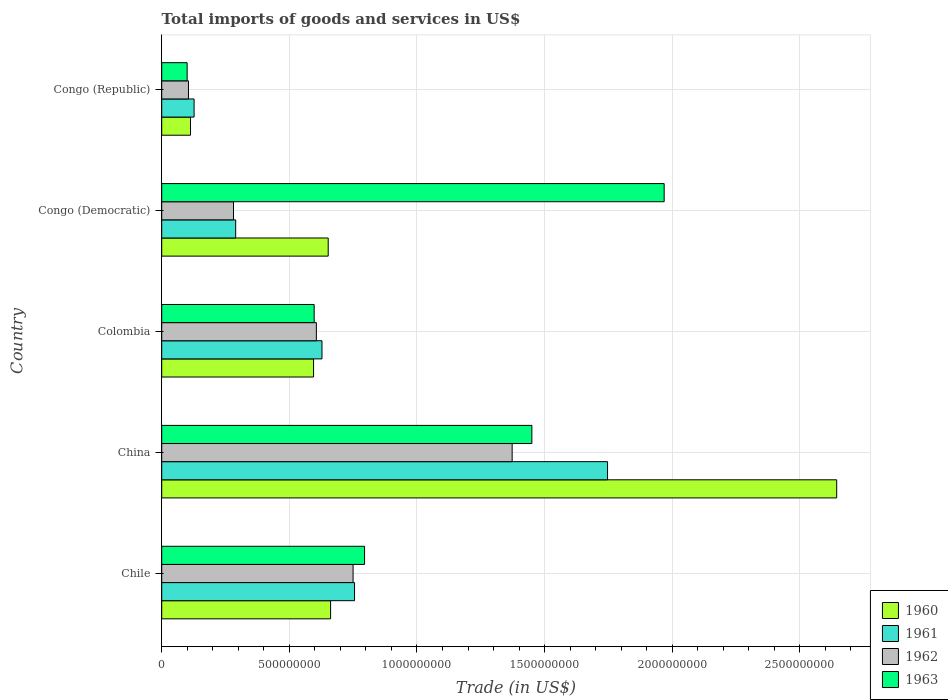
| Country | 1960 | 1961 | 1962 | 1963 |
 | --- | --- | --- | --- | --- |
 | Chile | 6.62e+08 | 7.55e+08 | 7.5e+08 | 7.95e+08 |
 | China | 2.64e+09 | 1.75e+09 | 1.37e+09 | 1.45e+09 |
 | Colombia | 5.95e+08 | 6.28e+08 | 6.06e+08 | 5.97e+08 |
 | Congo (Democratic) | 6.52e+08 | 2.9e+08 | 2.81e+08 | 1.97e+09 |
 | Congo (Republic) | 1.13e+08 | 1.27e+08 | 1.05e+08 | 9.96e+07 |